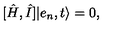
[ \hat { H } , \hat { I } ] \vert e _ { n } , t \rangle = 0 ,